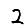
Digit: 2